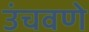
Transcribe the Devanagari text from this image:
उंचवणे